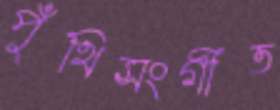
পুঁথিসংগীত